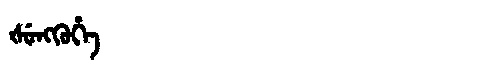
Manchu: ᡧᡠᠩᡴᡠᡥᡝ
Romanization: ŠUNGKUHE